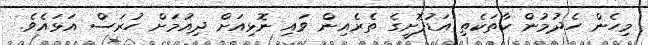
މިހެން ހެދުމުން ކާތަކެތި އަޑުފޮށީގެ ތެރެއިން ވައި ނޮޅިއަށް ދިއުމަށް ހުރަސް އަޅައެވެ.